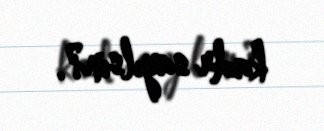
kadr sayılsın?.